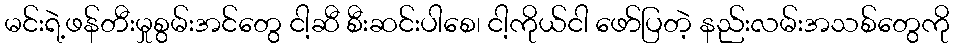
မင်းရဲ့ဖန်တီးမှုစွမ်းအင်တွေ ငါ့ဆီ စီးဆင်းပါစေ၊ ငါ့ကိုယ်ငါ ဖော်ပြတဲ့ နည်းလမ်းအသစ်တွေကို